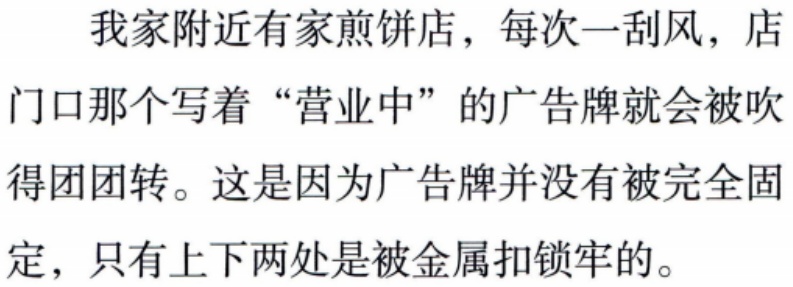
我家附近有家煎饼店，每次一刮风，店
门口那个写着“营业中”的广告牌就会被吹
得团团转。这是因为广告牌并没有被完全固
定，只有上下两处是被金属扣锁牢的。